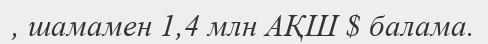
, шамамен 1,4 млн АҚШ $ балама.